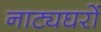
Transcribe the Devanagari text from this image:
नाट्यघरों